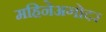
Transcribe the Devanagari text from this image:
महिनेअगोदर